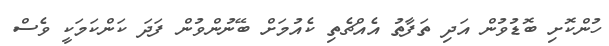
ހުންކޮށި ބޮޑުވުން އަދި ތަފާތު އެއްޗެތި ކެއުމަށް ބޭނުންވުން ފަދަ ކަންކަމަކީ ވެސް